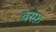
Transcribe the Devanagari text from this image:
बस्फ़